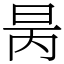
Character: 昺